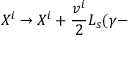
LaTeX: X ^ { i } \rightarrow X ^ { i } + { \frac { v ^ { i } } { 2 } } \ensuremath { L _ { s } } ( \gamma -